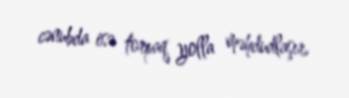
cənubda isə torpaq yolla məhdudlaşır.